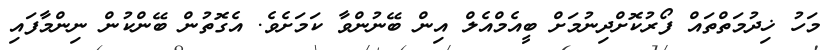
މަހު ޚިދުމަތްތައް ފޯރުކޮށްދިނުމަށް ބީއެމްއެލް އިން ބޭނުންވާ ކަމަށެވެ. އެގޮތުން ބޭންކުން ނިންމާފައި